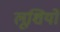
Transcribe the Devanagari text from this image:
लूशियो